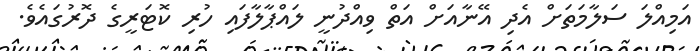
އަމިއްލަ ސަލާމަތަށް އެދި އޭނާއަށް އަތް ވިއްދުނީ ލައްޕާލާފައި ހުރި ކޮޓަރީގެ ދޮރުގައެވެ.